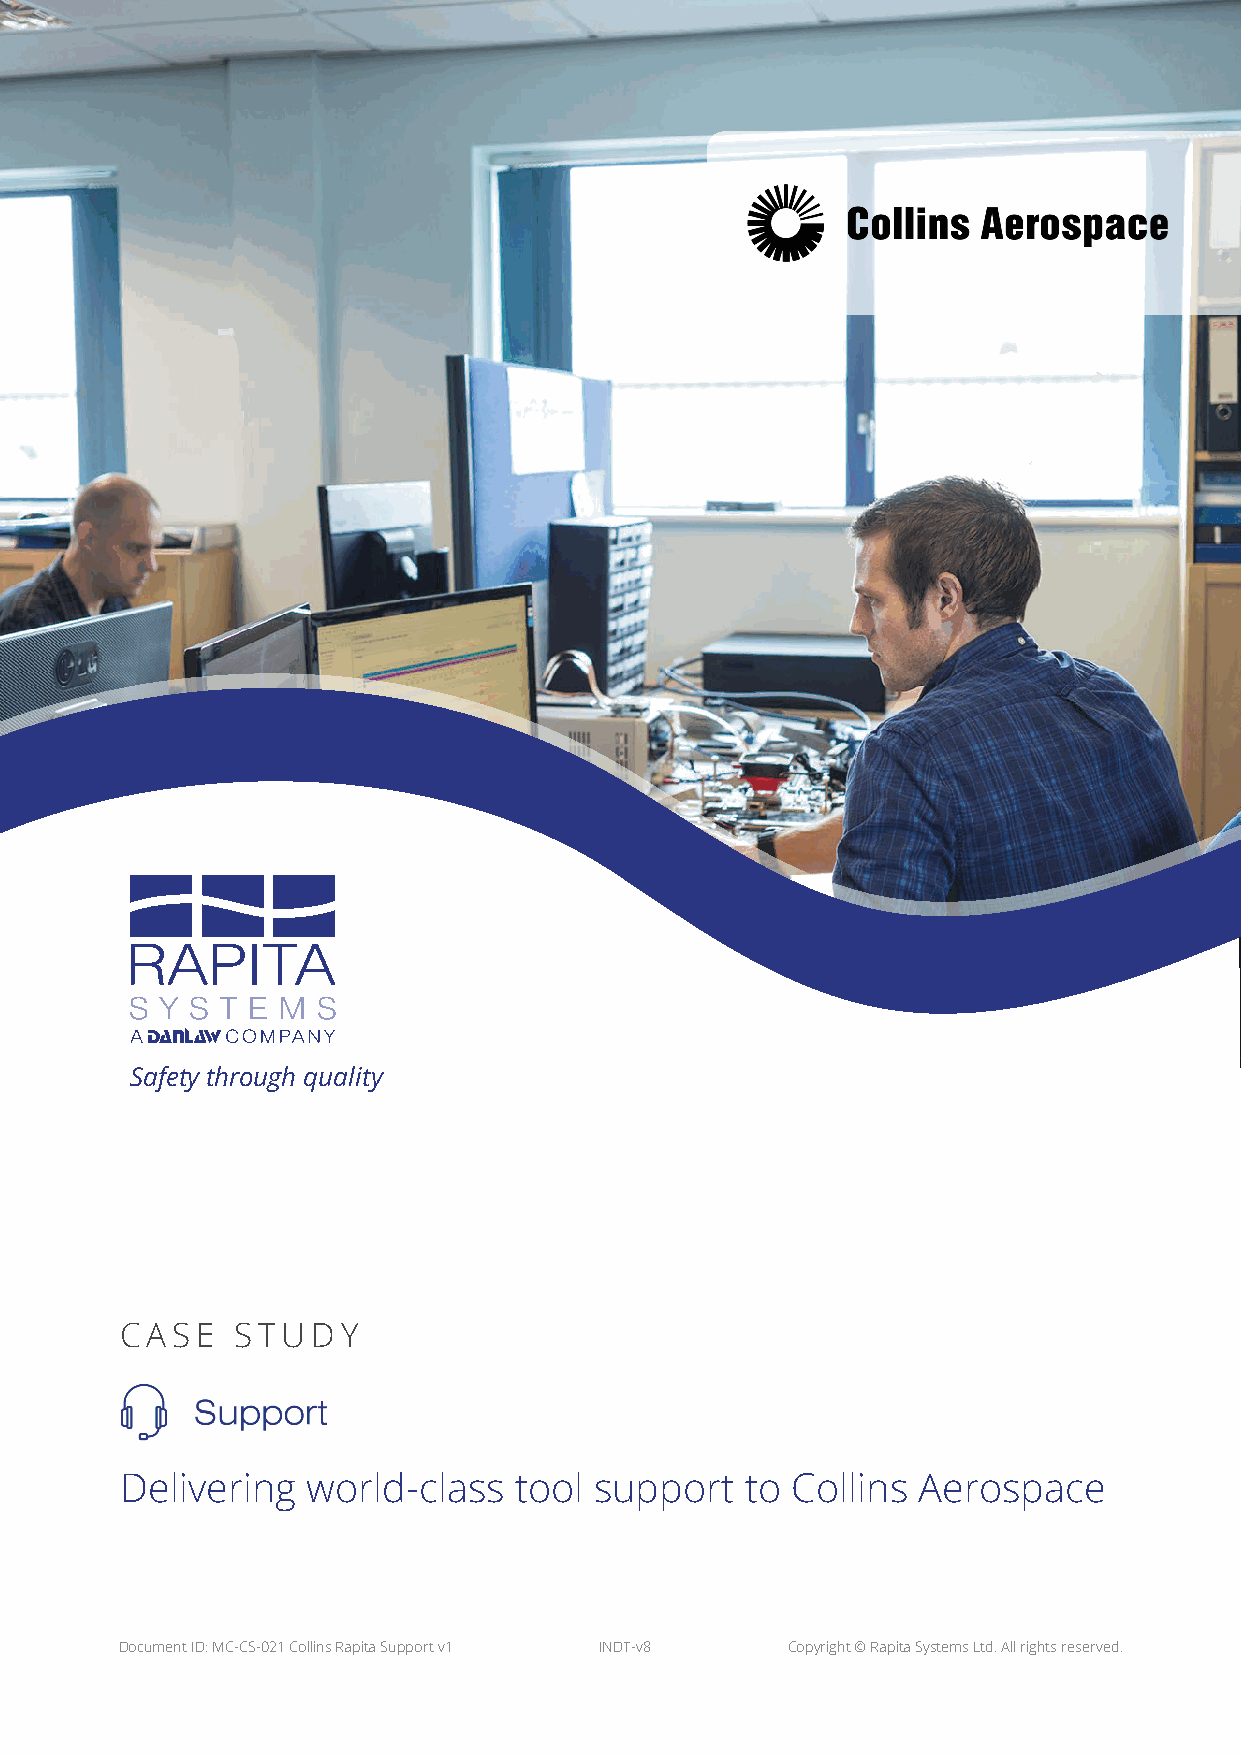
Safety through quality
 CASE    STUDY
 Delivering  world-class   tool support   to Collins  Aerospace
 Document ID: MC-CS-021 Collins Rapita Support v1 INDT-v8 Copyright © Rapita Systems Ltd. All rights reserved.